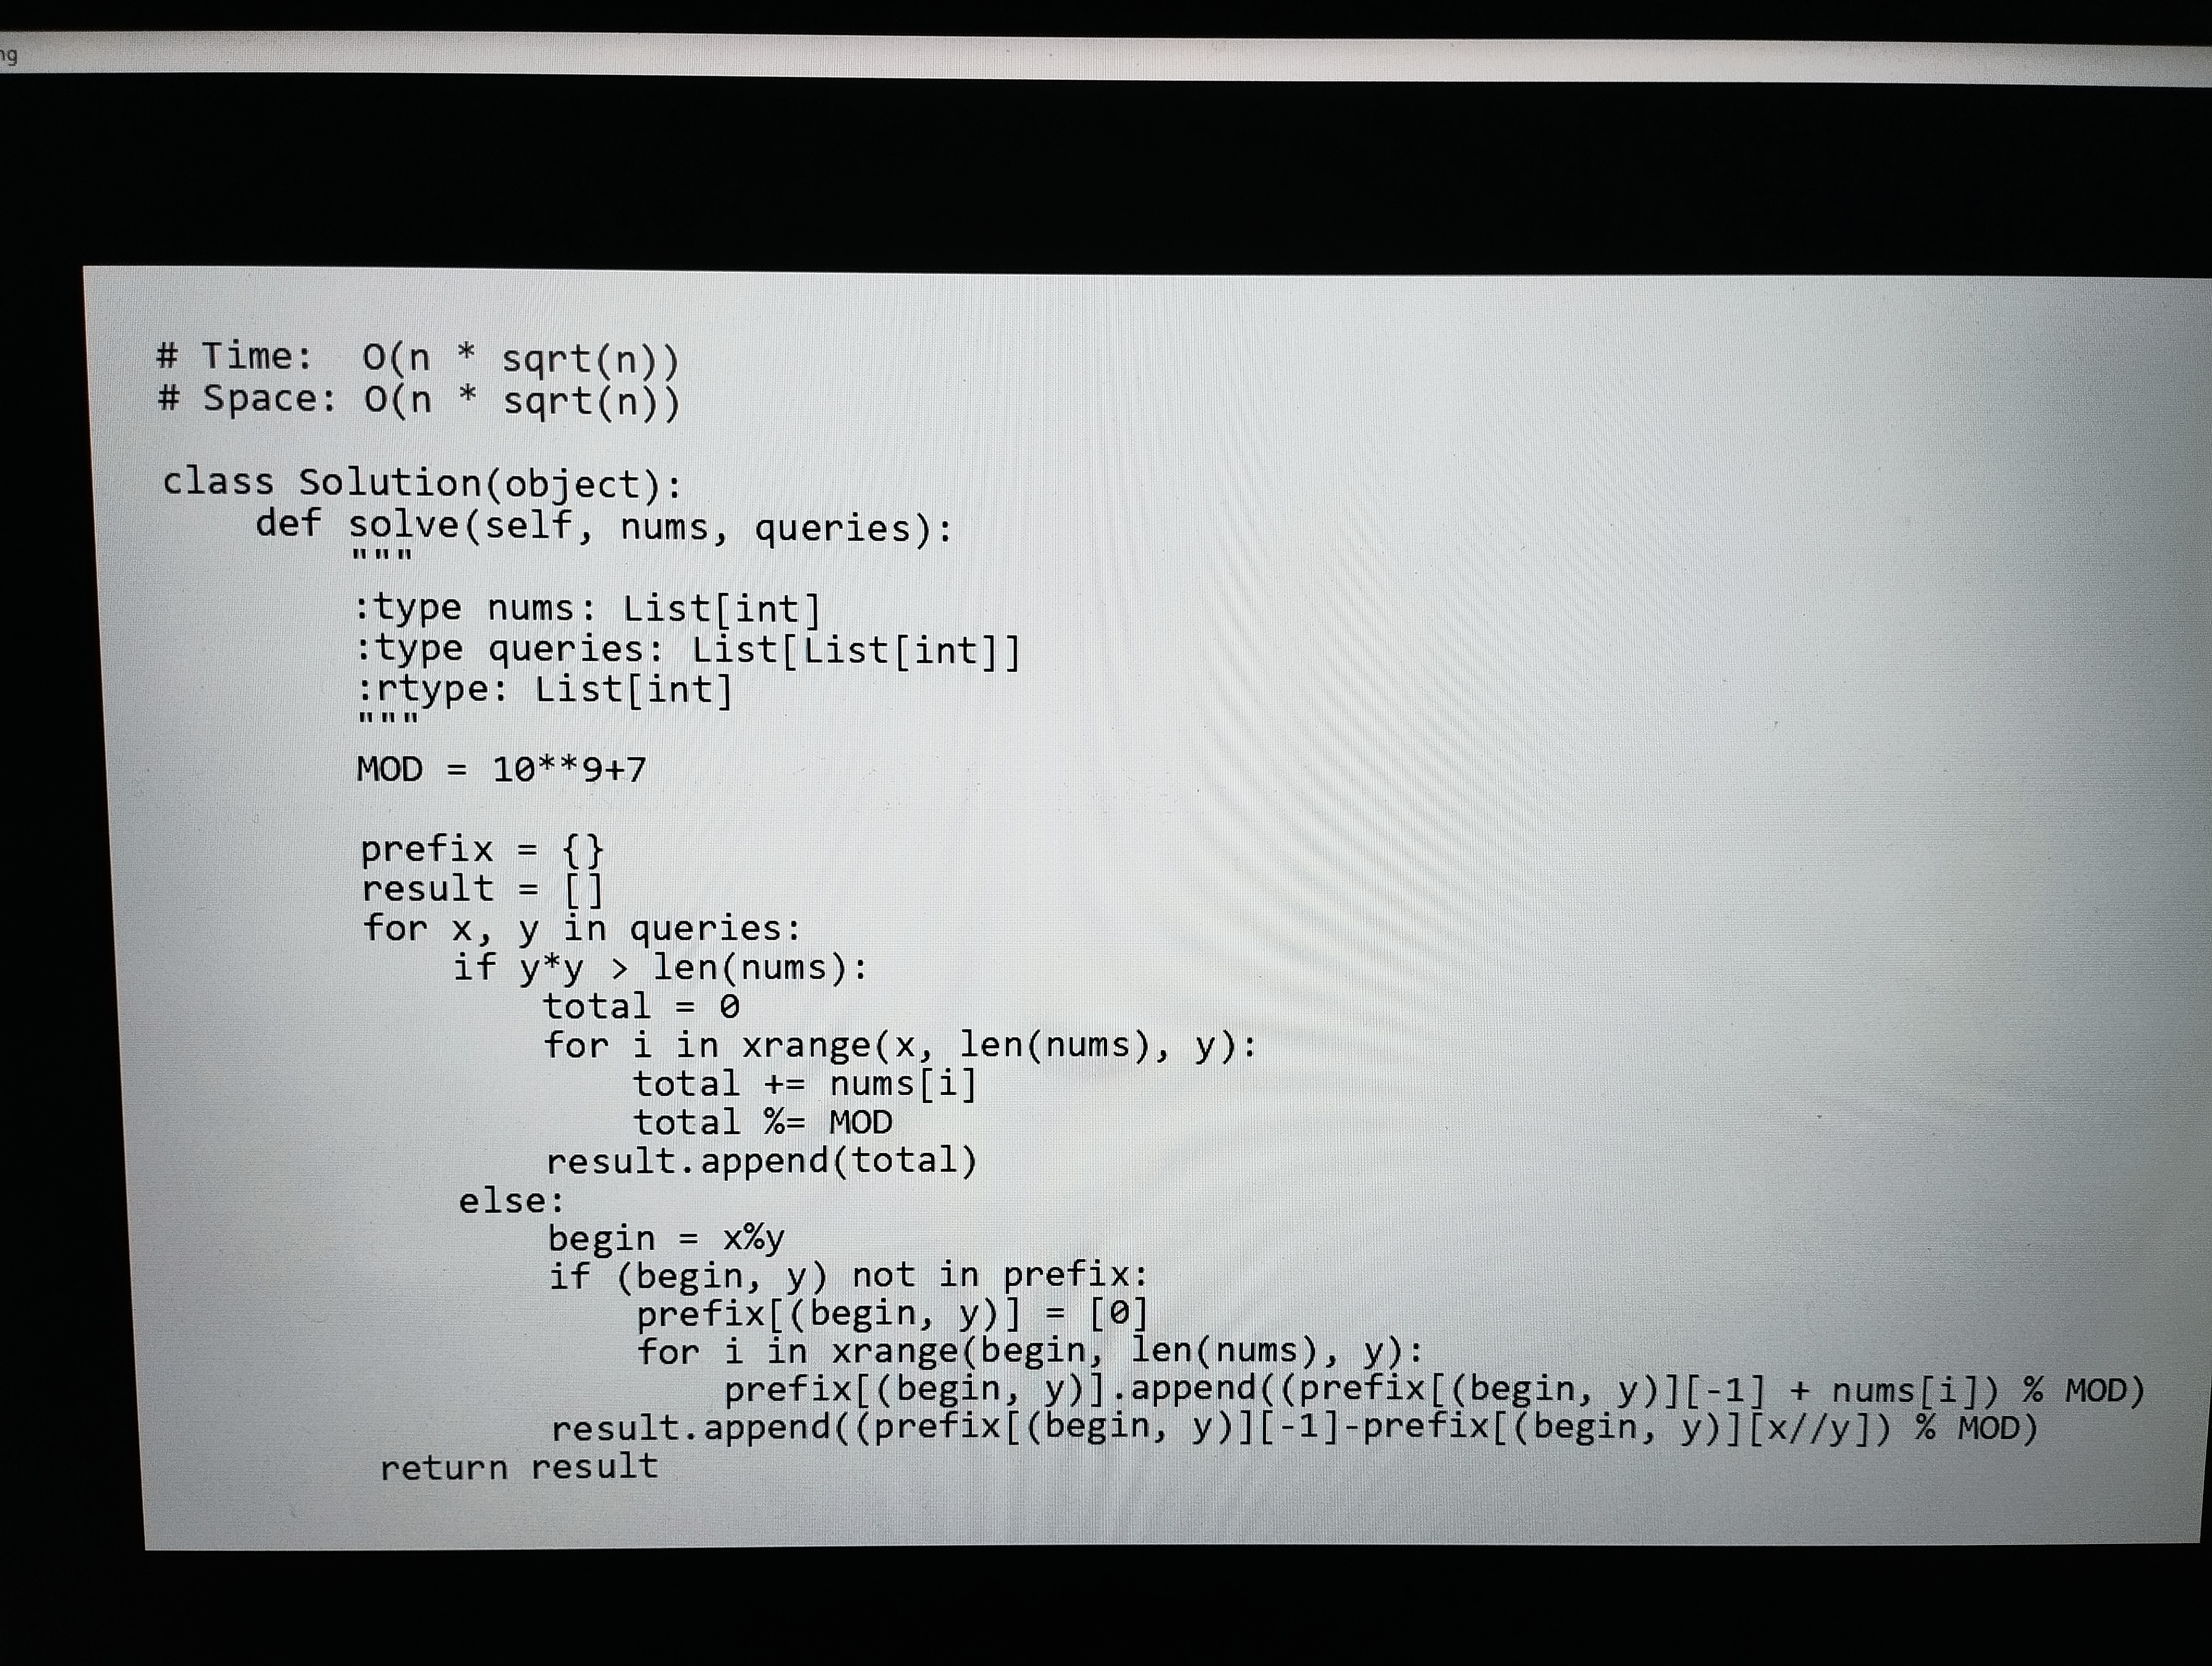
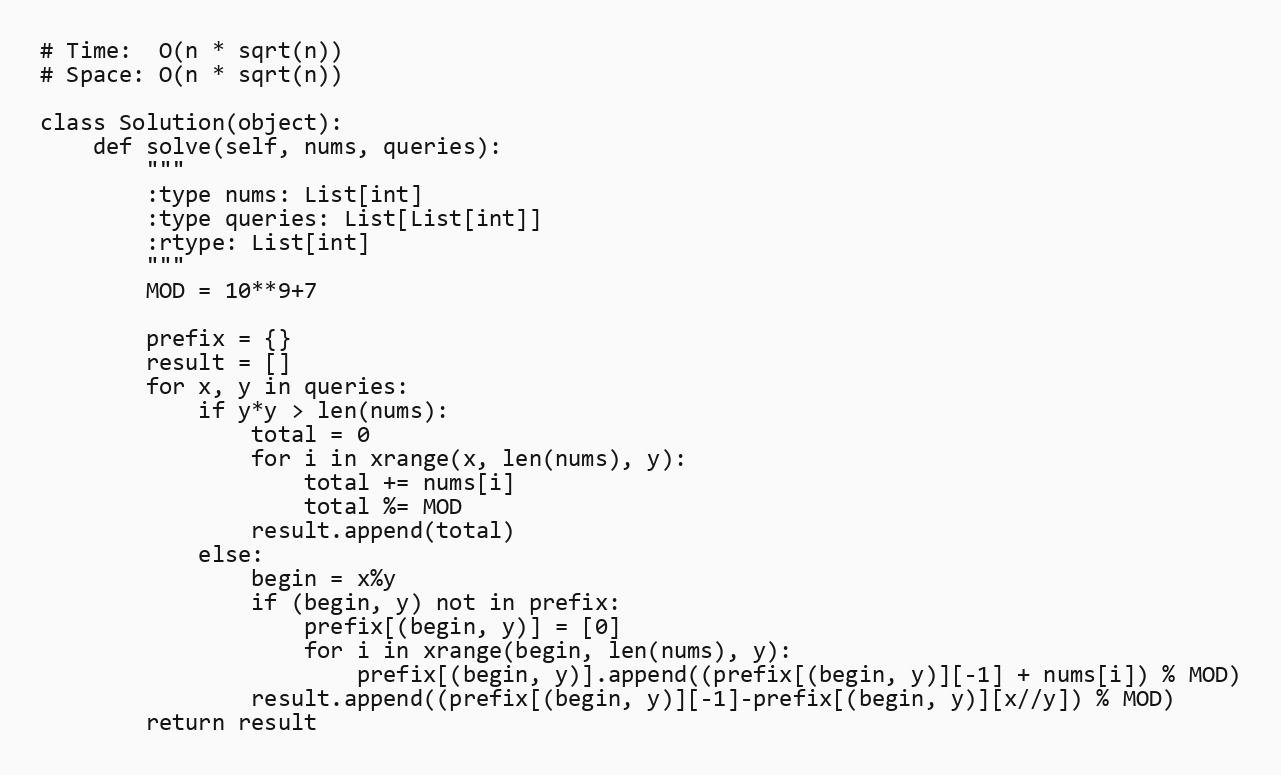
# Time:  O(n * sqrt(n))
# Space: O(n * sqrt(n))

class Solution(object):
    def solve(self, nums, queries):
        """
        :type nums: List[int]
        :type queries: List[List[int]]
        :rtype: List[int]
        """
        MOD = 10**9+7

        prefix = {}
        result = []
        for x, y in queries:
            if y*y > len(nums):
                total = 0
                for i in xrange(x, len(nums), y):
                    total += nums[i]
                    total %= MOD
                result.append(total)
            else:
                begin = x%y
                if (begin, y) not in prefix:
                    prefix[(begin, y)] = [0]
                    for i in xrange(begin, len(nums), y):
                        prefix[(begin, y)].append((prefix[(begin, y)][-1] + nums[i]) % MOD)
                result.append((prefix[(begin, y)][-1]-prefix[(begin, y)][x//y]) % MOD)
        return result